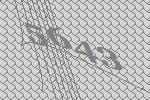
5643